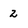
Character: 2